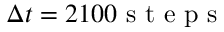
\Delta t = 2 1 0 0 \mathrm { ~ s ~ t ~ e ~ p ~ s ~ }